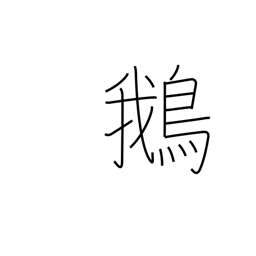
Meaning: goose